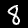
Label: 8